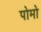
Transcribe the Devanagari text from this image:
पोमो